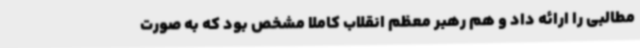
مطالبی را ارائه داد و هم رهبر معظم انقلاب کاملاً مشخص بود که به صورت